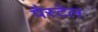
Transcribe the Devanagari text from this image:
पैस्टेल